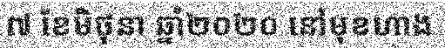
៧ ខែមិថុនា ឆ្នាំ២០២០ នៅមុខហាង